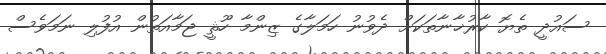
ސައުދީ ތެޔޮ ކާރުޚާނާތަކަށް ދެވުނު ހަމަލާގެ ޒިންމާ ހޫޘީ ޖަމާއަތުން އުފުލި ނަމަވެސް